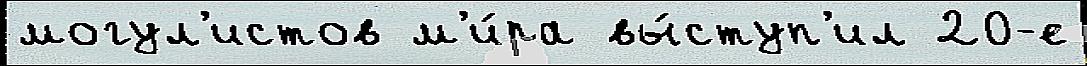
могул'истов м'и́ра вы́ступ'ил 20-е